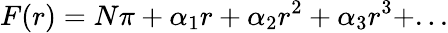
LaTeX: F(r)=N\pi+\alpha_{1}r+\alpha_{2}r^{2}+\alpha_{3}r^{3}+...